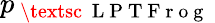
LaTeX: p_{\mathrm{~\textsc~{~L~P~T~F~r~o~g~}~}}